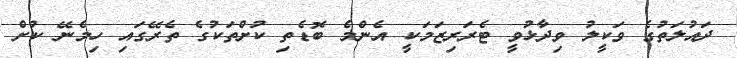
ދައުލަތުގެ ވަކީލު ވިދާޅުވީ ޓެރަރިޒަމަކީ އެންމެ ބޮޑެތި ކުށްތަކުގެ ތެރޭގައި ހިމެނޭ ކުށް